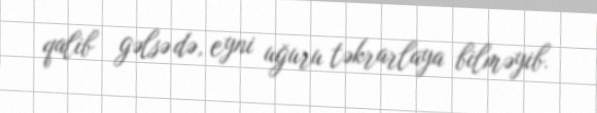
qalib gəlsə də, eyni uğuru təkrarlaya bilməyib.